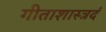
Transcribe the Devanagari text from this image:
गीताशास्त्रदं